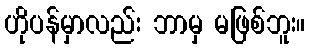
ဟိုပန်မှာလည်း ဘာမှ မဖြစ်ဘူး။